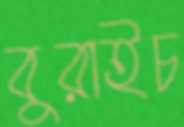
বুরাইচ